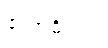
ဧကာဓိပ္ပါယံ